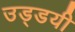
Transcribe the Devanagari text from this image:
उड्डयी